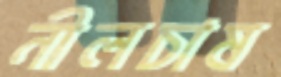
নীলচাষ